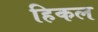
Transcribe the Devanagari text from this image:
हिकल